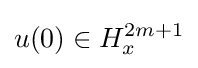
u(0)\in H_{x}^{2m+1}